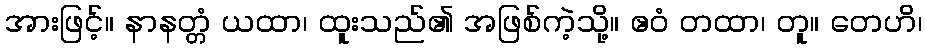
အားဖြင့်။ နာနတ္တံ ယထာ၊ ထူးသည်၏ အဖြစ်ကဲ့သို့။ ဧဝံ တထာ၊ တူ။ တေဟိ၊